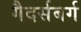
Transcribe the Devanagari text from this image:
गैदर्सबर्ग